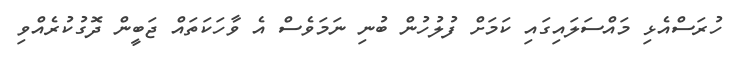
ހުރަސްއެޅި މައްސަލައިގަައި ކަމަށް ފުލުހުން ބުނި ނަމަވެސް އެ ވާހަކަތައް ޖަބީން ދޮގުކުރެއްވި